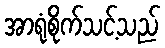
အာရုံစိုက်သင့်သည်